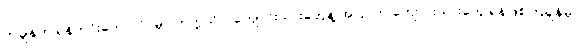
တချိန်က ရန်ကင်းကောလိပ်မှာ တက္ကသိုလ်ကျောင်းသားတွေနဲ့ အပြင်က ကျောင်းသားတွေ ရန်ဖြစ်ကြချိန်မှာ